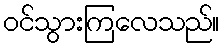
ဝင်သွားကြလေသည်။